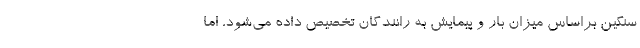
سنگین براساس میزان بار و پیمایش به رانندگان تخصیص داده می‌شود، اما